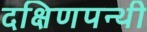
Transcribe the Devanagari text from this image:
दक्षिणपन्थी